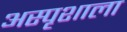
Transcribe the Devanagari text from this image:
अस्पृशाला